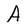
Character: A